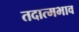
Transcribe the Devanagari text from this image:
तदात्मभाव